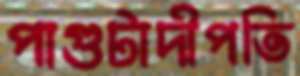
পাগুটাদীপতি